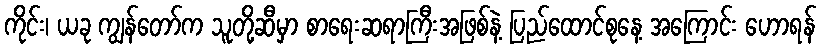
ကိုင်း၊ ယခု ကျွန်တော်က သူတို့ဆီမှာ စာရေးဆရာကြီးအဖြစ်နဲ့ ပြည်ထောင်စုနေ့ အကြောင်း ဟောရန်